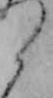
ら